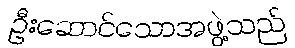
ဦးဆောင်သောအဖွဲ့သည်